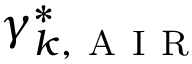
\gamma _ { k , \mathrm { ~ A ~ I ~ R ~ } } ^ { \ast }